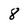
Character: 8